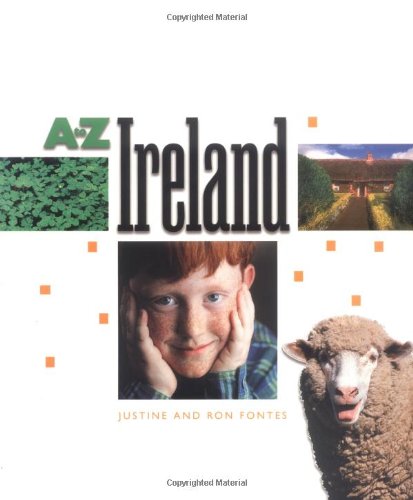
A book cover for Ireland (A to Z); Justine Fontes; Children's Books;